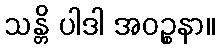
သန္တိ ပါဒါ အဝဉ္စနာ။